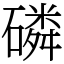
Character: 磷